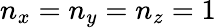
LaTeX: n_{x}=n_{y}=n_{z}=1